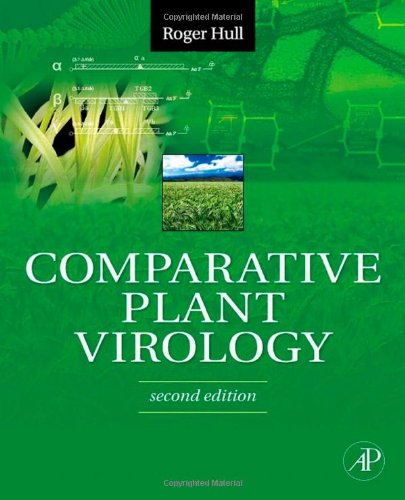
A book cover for Comparative Plant Virology, Second Edition; Roger Hull; Medical Books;